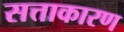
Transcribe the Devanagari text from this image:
सत्ताकारण